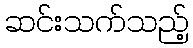
ဆင်းသက်သည့်